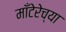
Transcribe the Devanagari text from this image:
माँटेरेच्या